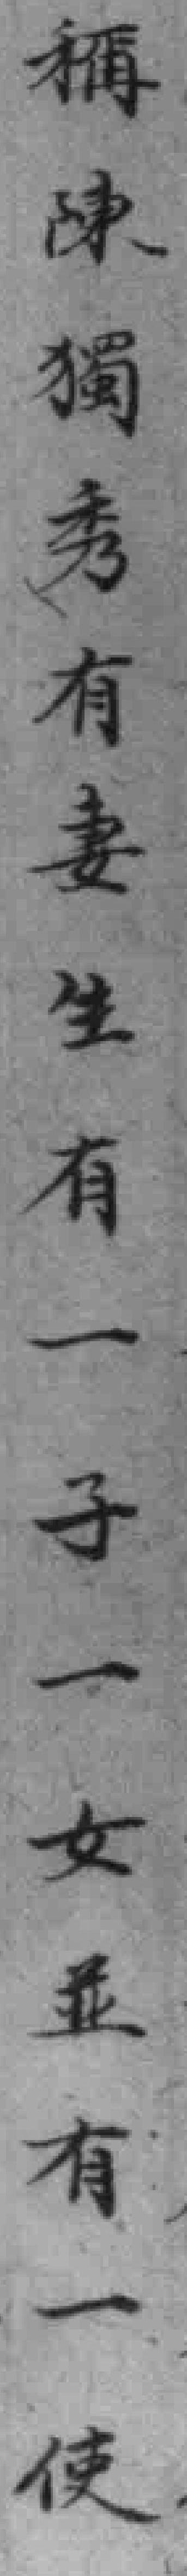
稱陳獨秀有妻生有一子一女並有一使